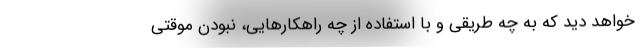
خواهد دید که به چه طریقی و با استفاده از چه راهکارهایی، نبودن موقتی